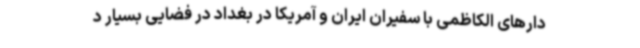
دارهای الکاظمی با سفیران ایران و آمریکا در بغداد در فضایی بسیار د